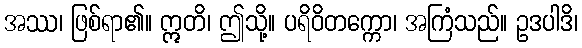
အဿ၊ ဖြစ်ရာ၏။ ဣတိ၊ ဤသို့။ ပရိဝိတက္ကော၊ အကြံသည်။ ဥဒပါဒိ၊